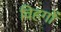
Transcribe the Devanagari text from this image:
विहगों